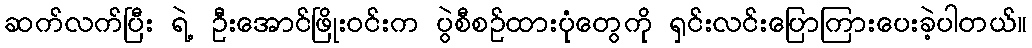
ဆက်လက်ပြီး ရဲ့ ဦးအောင်ဖြိုးဝင်းက ပွဲစီစဉ်ထားပုံတွေကို ရှင်းလင်းပြောကြားပေးခဲ့ပါတယ်။